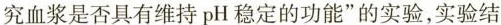
究血浆是否具有维持pH稳定的功能”的实验，实验结